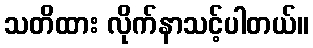
သတိထား လိုက်နာသင့်ပါတယ်။